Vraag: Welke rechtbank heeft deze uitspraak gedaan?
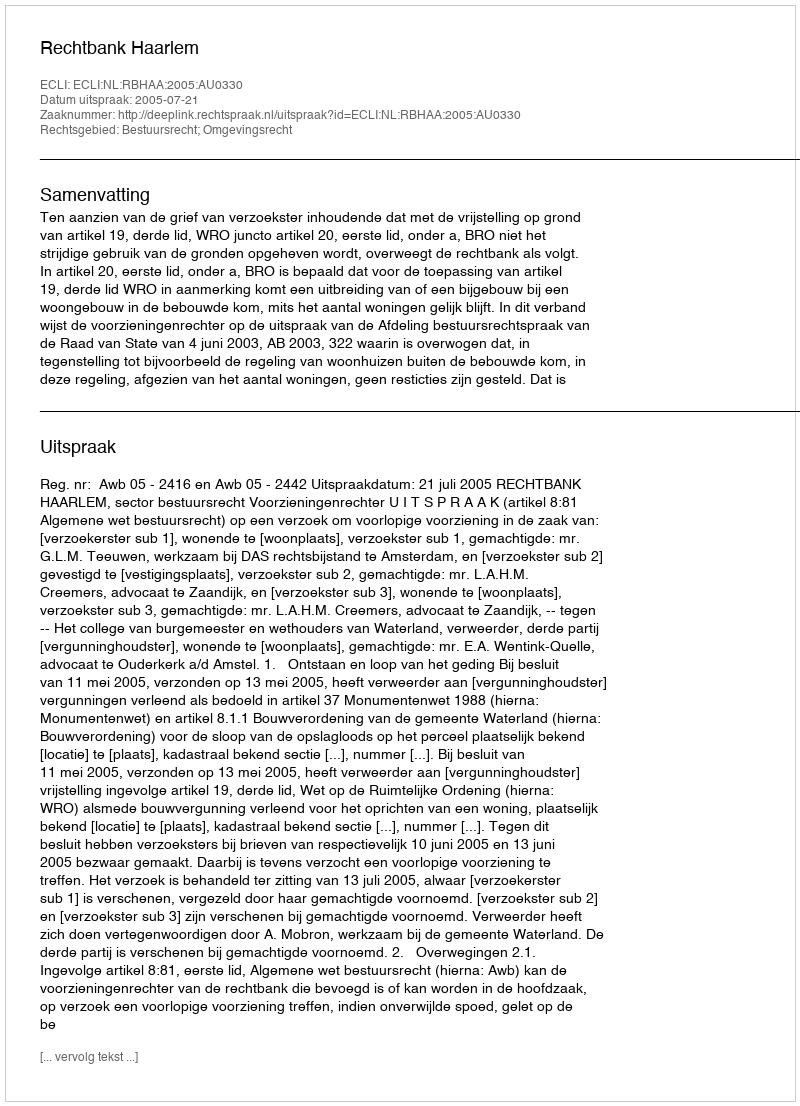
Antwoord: Rechtbank Haarlem